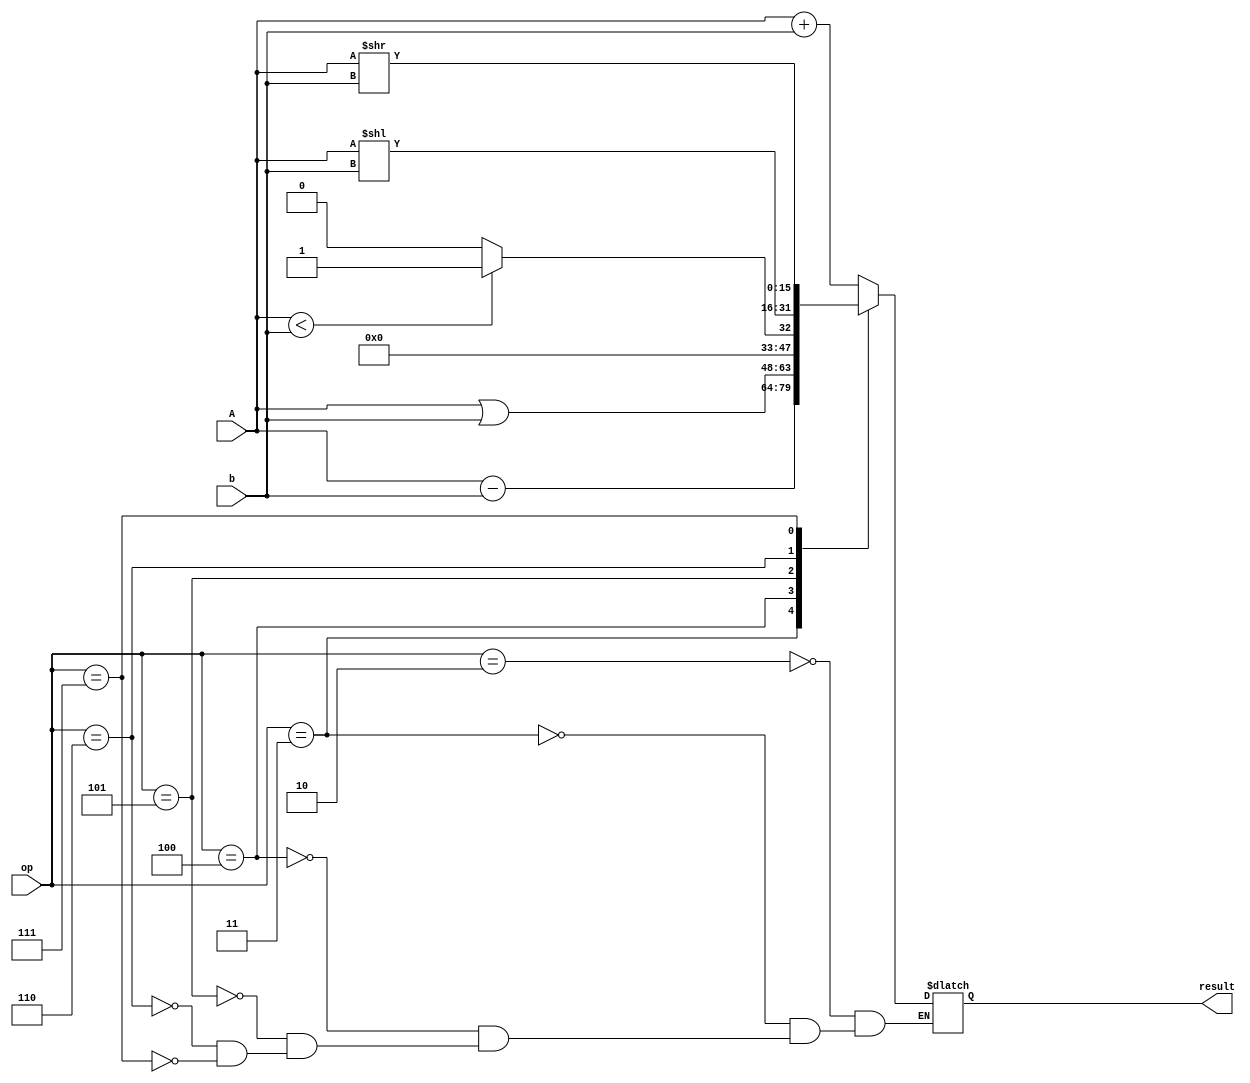
module ALU
	(	input [15:0] A,
		input [15:0] b,
		input [2:0] op,

		output reg [15:0] result
	);

	parameter add  = 3'b010;
	parameter sub  = 3'b011;
	parameter orr  = 3'b100;
	parameter slt  = 3'b101;
	parameter sll  = 3'b110;
	parameter slr  = 3'b111;

	always @(A or b or op) begin
		case(op)
			add: result = A + b;
			sub: result = A - b;
      orr: result = A | b;
			slt: if(A < b)result = 16'b1; else result = 16'b0;
			sll: result = A << b;
			slr: result = A >> b;
		endcase
	end

endmodule